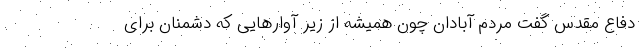
دفاع مقدس گفت مردم آبادان چون همیشه از زیر آوارهایی که دشمنان برای